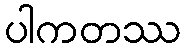
ပါကတဿ